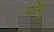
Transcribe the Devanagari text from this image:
पॉपु